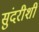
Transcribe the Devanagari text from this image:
सुंदरीशी